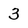
Character: 3